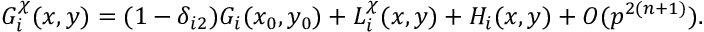
G _ { i } ^ { \chi } ( x , y ) = ( 1 - \delta _ { i 2 } ) G _ { i } ( x _ { 0 } , y _ { 0 } ) + L _ { i } ^ { \chi } ( x , y ) + H _ { i } ( x , y ) + O ( p ^ { 2 ( n + 1 ) } ) .